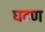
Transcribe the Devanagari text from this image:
घटण